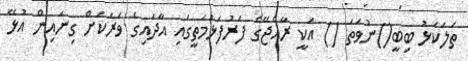
ތަލަކަޅު ބިބީ()ނުވަތަ () އަކީ ރާއްޖޭގެ ފަރުފަޅުމަތީގައި އާދައިގެ ވަރަކަށް ގިނައިން އުޅޭ